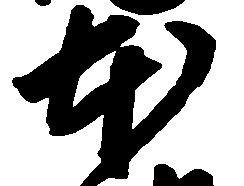
本